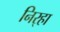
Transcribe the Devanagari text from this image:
निर्‍हा